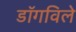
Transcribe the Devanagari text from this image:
डॉगविले